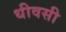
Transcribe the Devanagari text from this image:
धीवसी